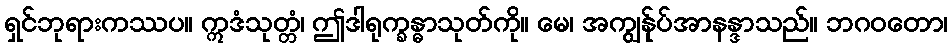
ရှင်ဘုရားကဿပ။ ဣဒံသုတ္တံ၊ ဤဒါရုက္ခန္ဓာသုတ်ကို။ မေ၊ အကျွန်ုပ်အာနန္ဒာသည်။ ဘဂဝတော၊